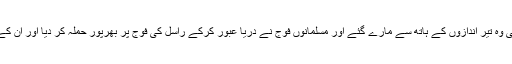
راجہ راسل کے جن سپاہیوں نے مزاحمت کی وہ تیر اندازوں کے ہاتھ سے مارے گئے اور مسلمانوں فوج نے دریا عبور کرکے راسل کی فوج پر بھرپور حملہ کر دیا اور ان کے قلعے فہم کے پھاٹک تک ان کا تعاقب کیا۔